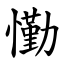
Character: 懄